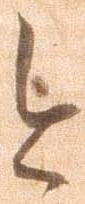
今